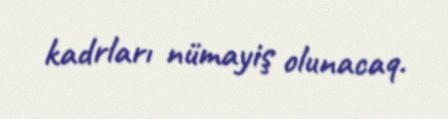
kadrları nümayiş olunacaq.